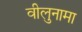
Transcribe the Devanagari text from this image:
वीलुनामा